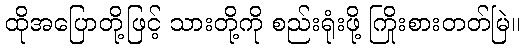
ထိုအပြောတို့ဖြင့် သားတို့ကို စည်းရုံးဖို့ ကြိုးစားတတ်မြဲ။